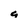
Character: a